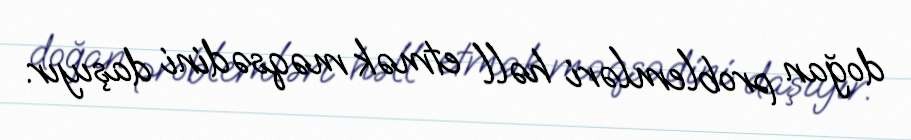
doğan problemləri həll etmək məqsədini daşıyır.